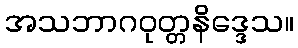
အသဘာဂဝုတ္တနိဒ္ဒေသ။